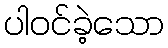
ပါဝင်ခဲ့သော